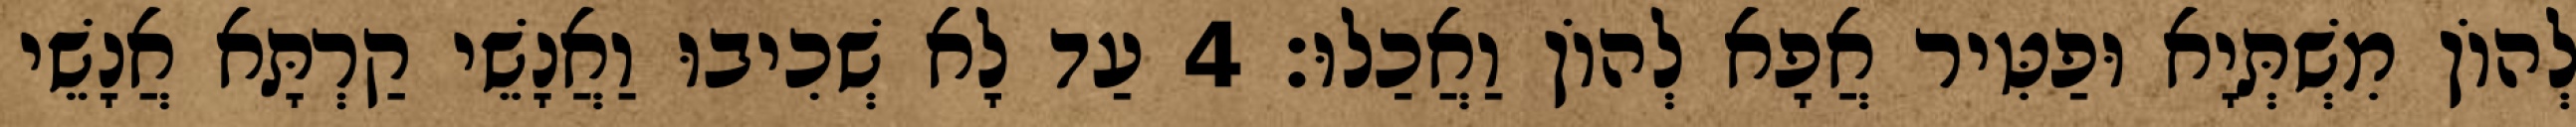
לְהוֹן מִשְׁתְּיָא וּפַטִּיר אֲפָא לְהוֹן וַאֲכַלוּ׃ 4 עַד לָא שְׁכִיבוּ וַאֲנָשֵׁי קַרְתָּא אֲנָשֵׁי